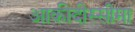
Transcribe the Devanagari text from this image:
आकीदीस्सीमा